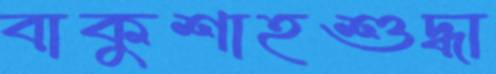
বাকুশাহশুদ্ধা